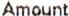
AMOUNT